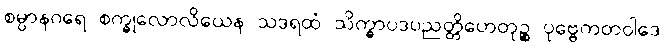
စမ္ပာနဂရေ စက္ခုလောလိယေန သဒရထံ သိက္ခာပဒပညတ္တိဟေတုဉ္စ ပုဗ္ဗေကတဝါဒေ